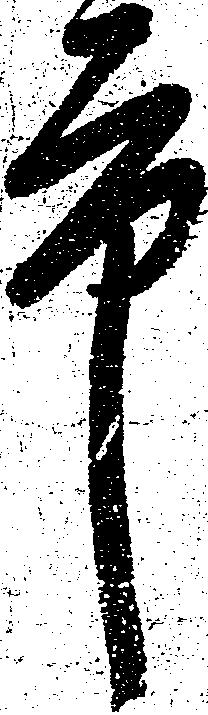
市